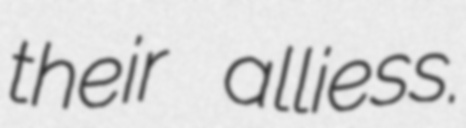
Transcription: their alliess.